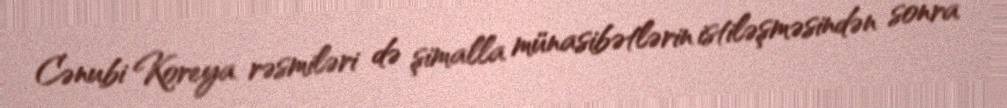
Cənubi Koreya rəsmiləri də şimalla münasibətlərin istiləşməsindən sonra